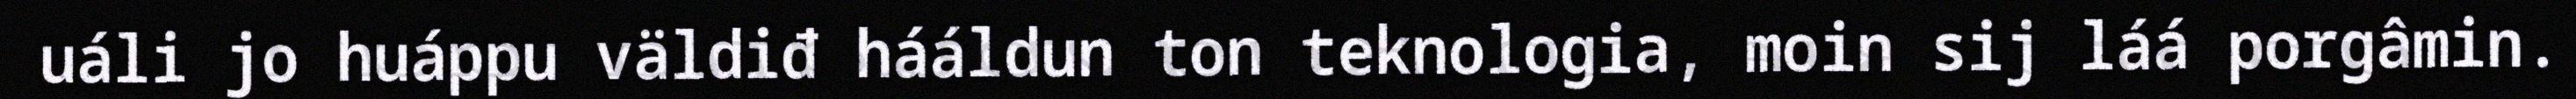
uáli jo huáppu väldiđ hááldun ton teknologia, moin sij láá porgâmin.